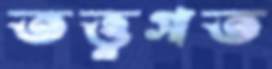
তত্ত্বগত